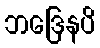
ဘဒြေနပိ